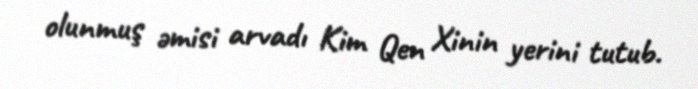
olunmuş əmisi arvadı Kim Qen Xinin yerini tutub.